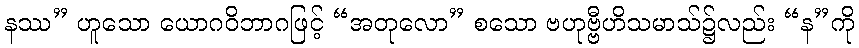
နဿ” ဟူသော ယောဂဝိဘာဂဖြင့် “အတုလော” စသော ဗဟုဗ္ဗီဟိသမာသ်၌လည်း “န”ကို